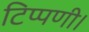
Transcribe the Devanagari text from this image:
टिप्पणी।